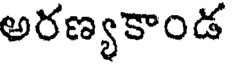
అరణ్యకాండ